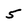
Character: 5